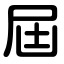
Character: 屆